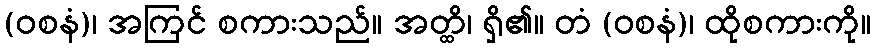
(ဝစနံ)၊ အကြင် စကားသည်။ အတ္ထိ၊ ရှိ၏။ တံ (ဝစနံ)၊ ထိုစကားကို။